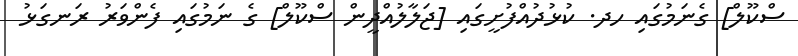
ސްކޫލް] ގެނަމުގައި ހދ. ކުޅުދުއްފުށީގައި [ޖަލާލުއްދީން ސްކޫލް] ގެ ނަމުގައި ފެންވަރު ރަނގަޅު